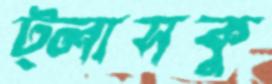
ট্লাসকু